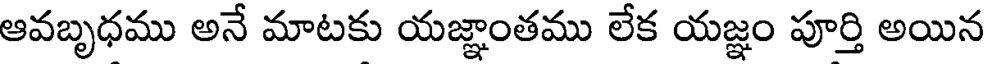
ఆవబృధము అనే మాటకు యజ్ఞాంతము లేక యజ్ఞం పూర్తి అయిన